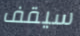
سيقف